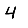
Digit: 4